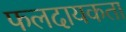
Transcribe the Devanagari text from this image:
फलदायकता